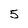
Character: 5